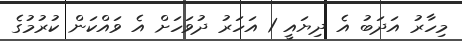
މިހާރު އަދަބު އެ ދިޔައީ 1 އަހަރު ދުވަހަށް އެ ވައްކަން ކުރުމުގެ